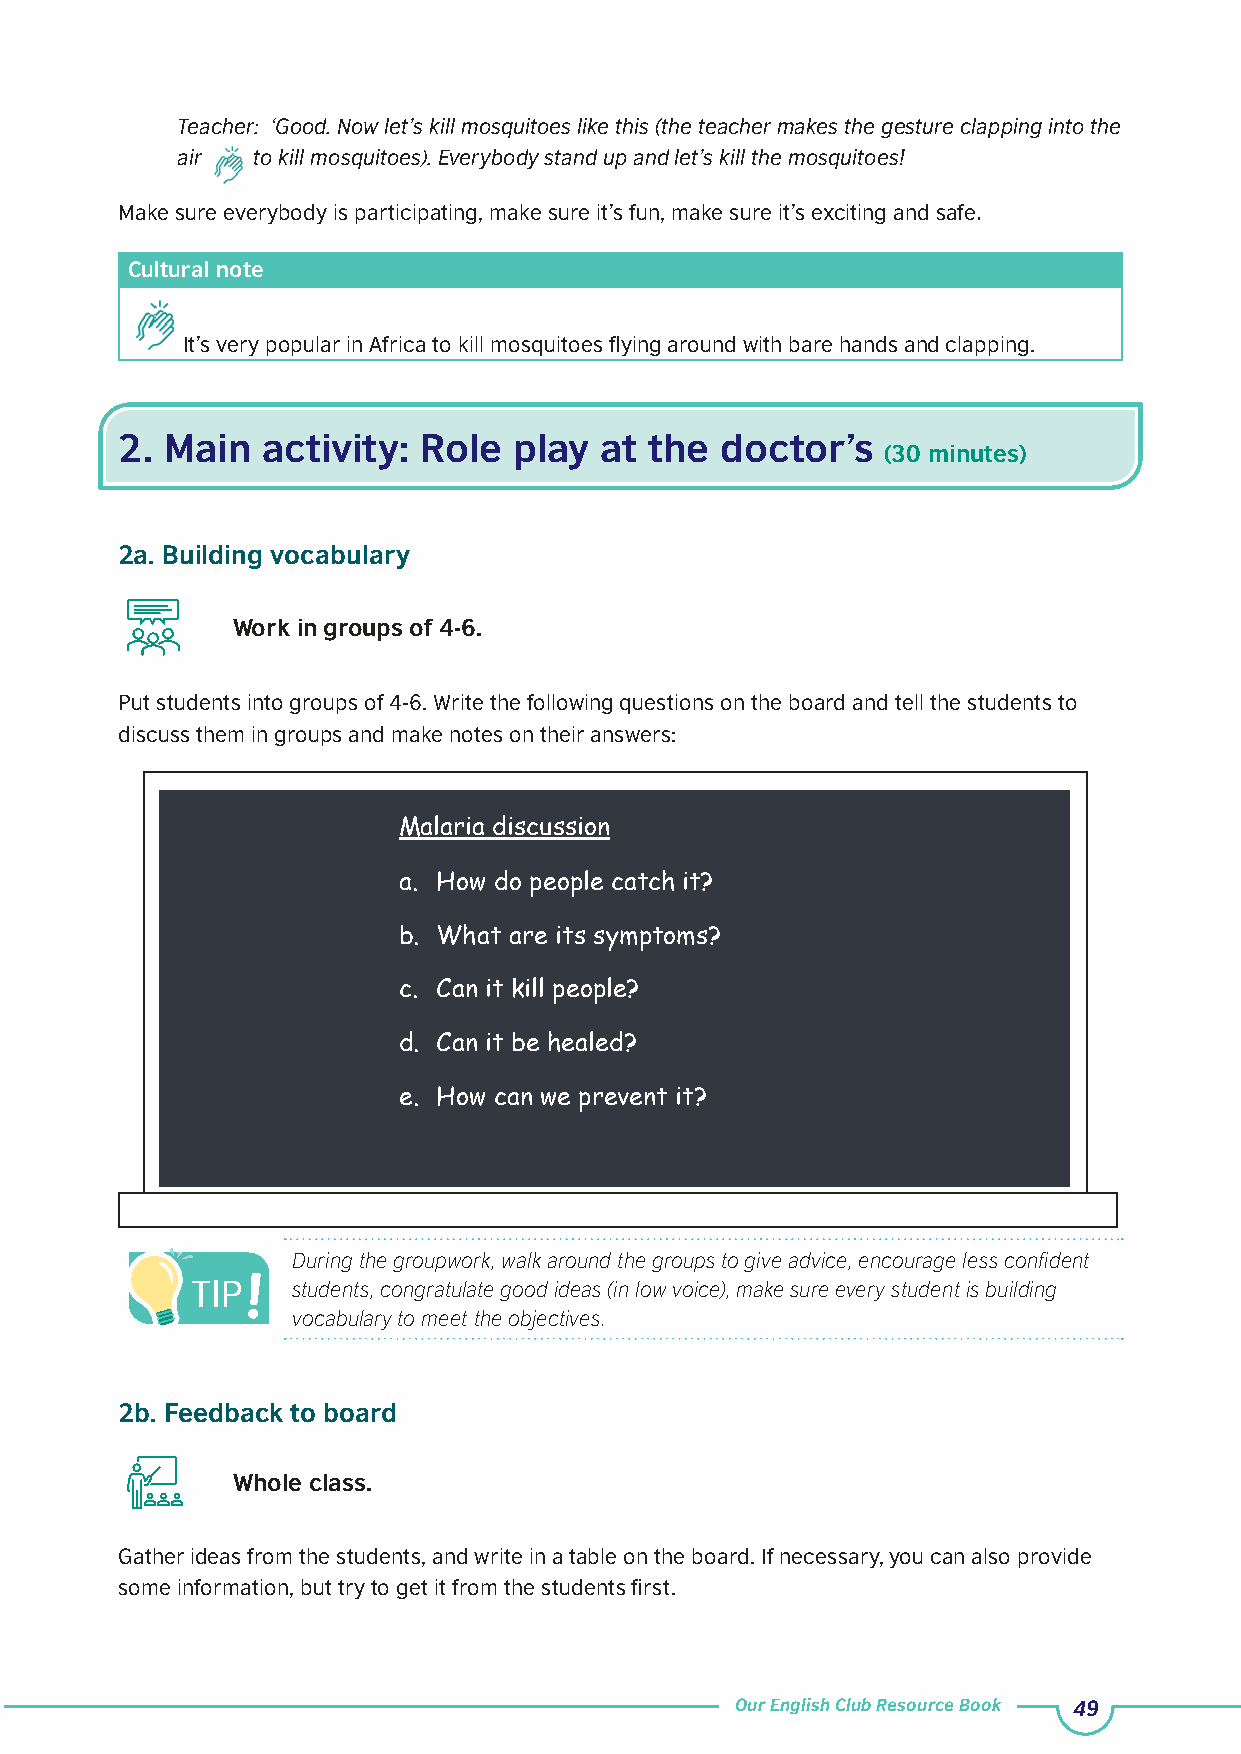
Teacher: ‘Good. Now let’s kill mosquitoes like this (the teacher makes the gesture clapping into the
 air  to kill mosquitoes). Everybody stand up and let’s kill the mosquitoes!
 Make sure everybody is participating, make sure it’s fun, make sure it’s exciting and safe.
 Cultural note
 It’s very popular in Africa to kill mosquitoes flying around with bare hands and clapping.
 2. Main  activity:  Role  play  at the  doctor’s
 (30 minutes)
 2a. Building vocabulary
 Work in groups of 4-6.
 Put students into groups of 4-6. Write the following questions on the board and tell the students to
 discuss them in groups and make notes on their answers:
 Malaria discussion
 a. How do people catch it?
 b. What are its symptoms?
 c. Can it kill people?
 d. Can it be healed?
 e. How can we prevent it?
 During the groupwork, walk around the groups to give advice, encourage less confident
 students, congratulate good ideas (in low voice), make sure every student is building
 vocabulary to meet the objectives.
 2b. Feedback to board
 Whole class.
 Gather ideas from the students, and write in a table on the board. If necessary, you can also provide
 some information, but try to get it from the students first.
 Our English Club Resource Book 49